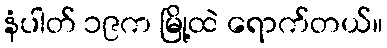
နံပါတ် ၁၉က မြို့ထဲ ရောက်တယ်။